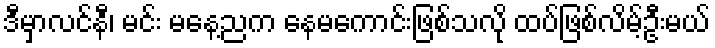
ဒီမှာလင်နီ၊ မင်း မနေ့ညက နေမကောင်းဖြစ်သလို ထပ်ဖြစ်လိမ့်ဦးမယ်